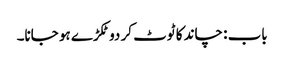
باب : چاند کا ٹوٹ کر دو ٹکڑے ہو جانا۔